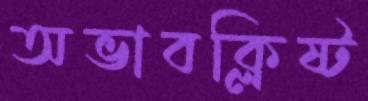
অভাবক্লিষ্ট